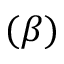
( \beta )